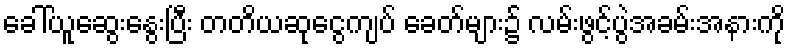
ခေါ်ယူဆွေးနွေးပြီး တတိယဆုငွေကျပ် ခေတ်များ၌ လမ်းဖွင့်ပွဲအခမ်းအနားကို